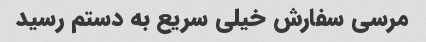
مرسی سفارش خیلی سریع به دستم رسید